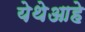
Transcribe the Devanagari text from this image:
येथेआहे